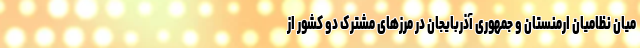
میان نظامیان ارمنستان و جمهوری آذربایجان در مرزهای مشترک دو کشور از